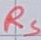
Text: RS